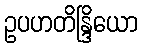
ဥပဟတိန္ဒြိယော